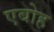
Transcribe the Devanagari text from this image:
एबोह